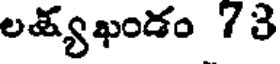
లత్యఖండం 73